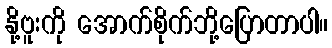
နို့ဗူးကို အောက်စိုက်ဘို့ပြောတာပါ။